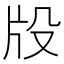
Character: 𤖬